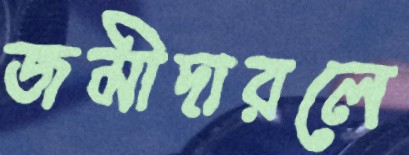
জমীদারলে